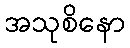
အသုစိနော